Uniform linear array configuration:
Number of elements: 32
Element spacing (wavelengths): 0.25
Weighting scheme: uniform
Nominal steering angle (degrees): -30
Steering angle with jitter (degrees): -29.407
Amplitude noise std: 0.05
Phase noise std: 0.05

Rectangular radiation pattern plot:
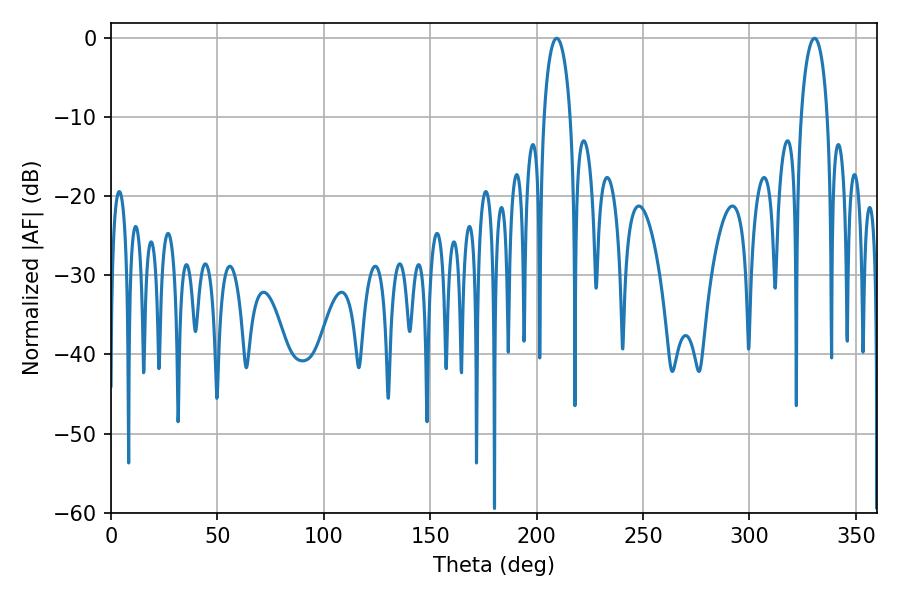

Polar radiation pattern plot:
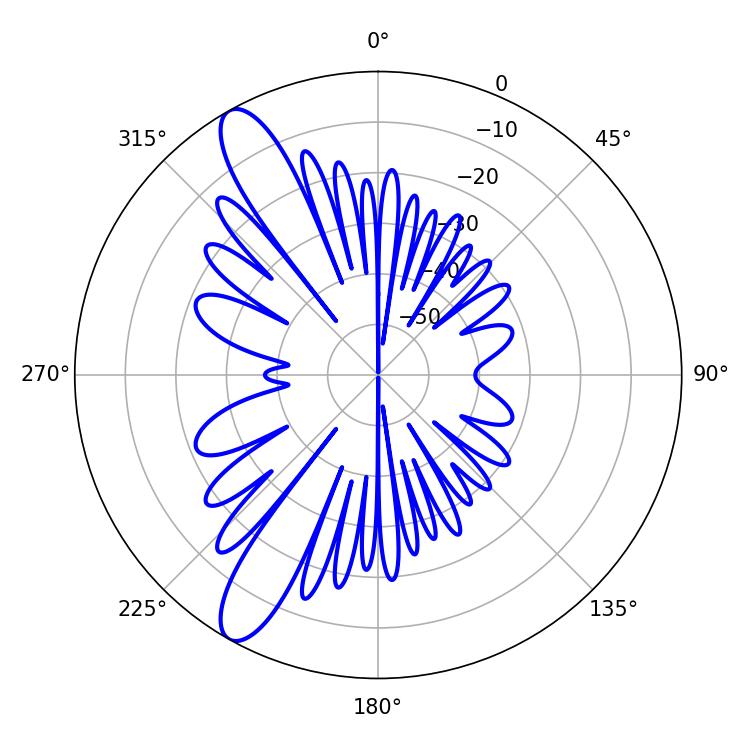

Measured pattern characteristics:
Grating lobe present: FALSE
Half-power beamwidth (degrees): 7.2
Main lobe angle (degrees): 209.34